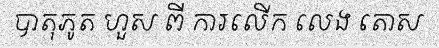
បាតុភូត ហួស ពី ការលើក លេង តោស